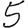
Digit: 5